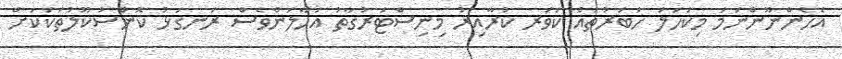
އެހެންނޫންނަމަ މިކަހަލަ ހަބަރުތައް ކަވަރ ކުރާއިރު މިނިސްޓަރުގާތު އަހާލަންވެސް ރަނގަޅު ކޮންސުކޫލުތަކަކަށް